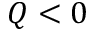
Q < 0